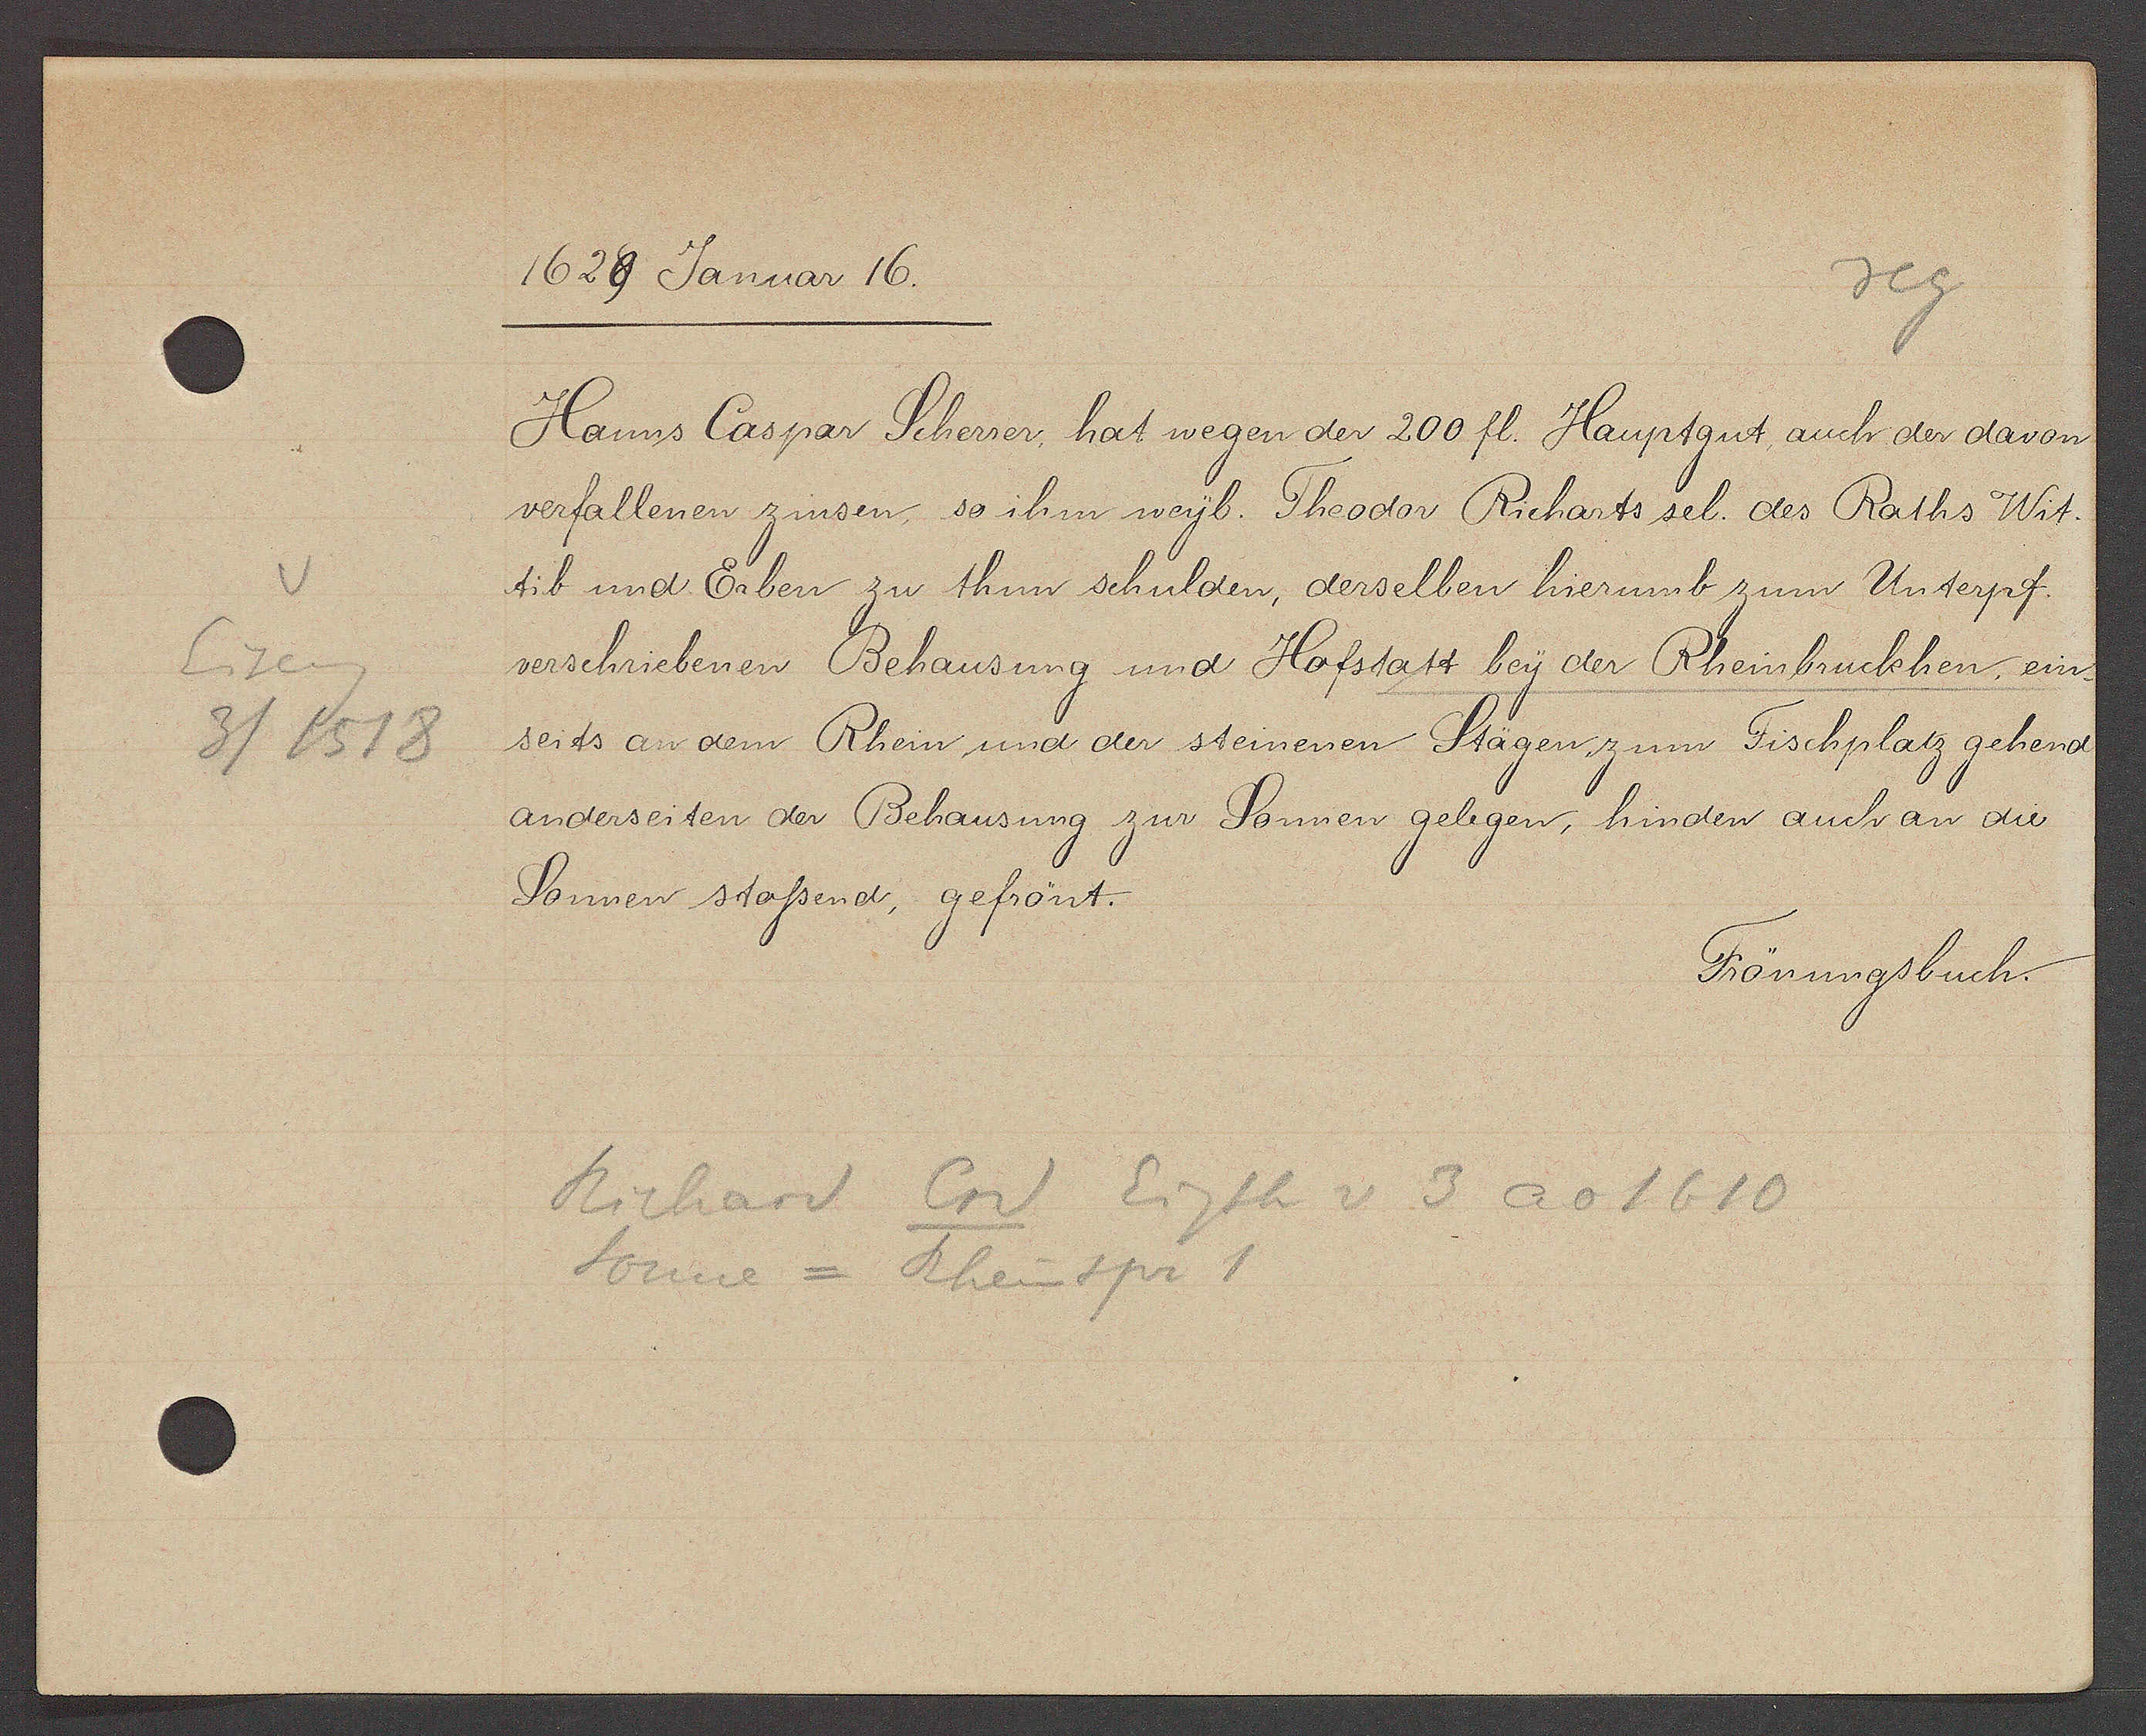
Transcript:
v
Eiseng
3 / 1518

1629 Januar 16.

Hanns Caspar Scherrer, hat wegen der 200 fl. Hauptgut, auch der davon
verfallenen zinsen so ihm weyb. Theodor Richarts sel. des Raths Wit-
tib und Erben zu thun schulden, derselben hierumb zum Unterpf.
verschriebenen Behausung und Hofstatt bey der Rheinbruckhen, ein-
seits an dem Rhein und der steinenen Stägen zum Fischplatz gehend
anderseiten der Behausung zur Sonnen gelegen, hinden auch an die
Sonnen stossend, gefrönt.

Frönungsbuch.

Richard Crd Eigth v 3 ao 1610
Sonne = Rheinspr 1